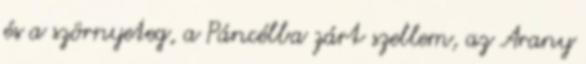
és a szörnyeteg, a Páncélba zárt szellem, az Arany